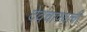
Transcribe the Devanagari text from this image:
देवचाफ्याची